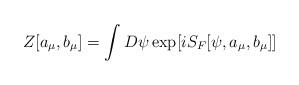
LaTeX: \begin{align*}Z[a_{\mu},b_{\mu}]=\int D \psi \exp [i S_{F}[\psi ,a_{\mu},b_{\mu}]]\end{align*}